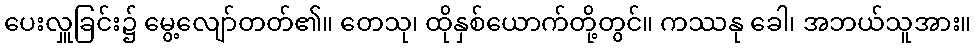
ပေးလှူခြင်း၌ မွေ့လျော်တတ်၏။ တေသု၊ ထိုနှစ်ယောက်တို့တွင်။ ကဿနု ခေါ၊ အဘယ်သူအား။